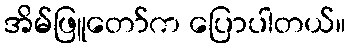
အိမ်ဖြူတော်က ပြောပါတယ်။